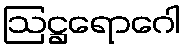
ဩဋ္ဌရောဂေါ